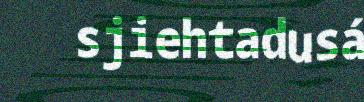
sjiehtadusá